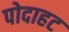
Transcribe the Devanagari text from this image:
पोदाहट